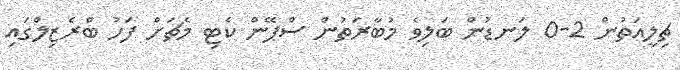
ޗިލީއަތުން 2-0 ލަނޑުން ބަލިވެ މުބާރަތުން ސްޕޭން ކެޓި މެޗަށް ފަހު ބްރެޒިލްގައި